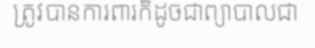
ត្រូវបានការពារក៏ដូចជាព្យាបាលជា